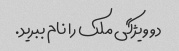
دو ویژگی ملک را نام ببرید.